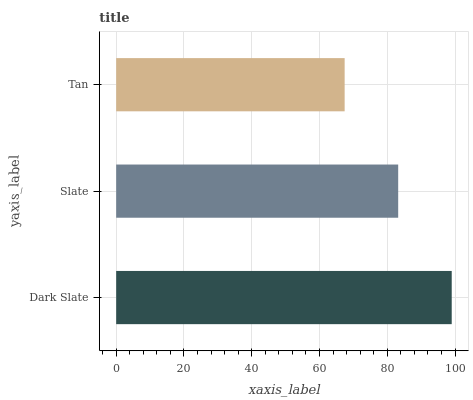
| yaxis_label | bars |
 | --- | --- |
 | Dark Slate | 99 |
 | Slate | 83.2 |
 | Tan | 67.4 |